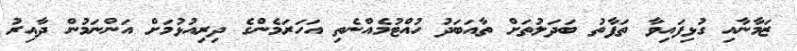
ޒަމާނާއި ގުޅިފައިވާ ތަފާތު ބަދަލުތަށް ތާއަބަދު ހުއްޓުމެއްނެތި އަހަރަމެންގެ ދިރިއުޅުމަށް އަންނަމުން ދާއިރު